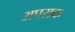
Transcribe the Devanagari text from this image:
अपराक